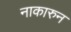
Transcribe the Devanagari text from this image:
नाकारुन